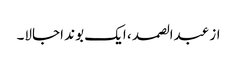
از عبدالصمد ، ایک بوند اجالا۔